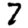
Digit: 7